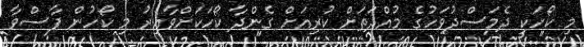
މި ކޯހަކީ ދެމަސްދުވަހުގެ މުއްދަތަށް ކުރިއަށް ގެންދާ ކޯހަކަށްވާއިރު މި ކޯހުން ފާސްވާ